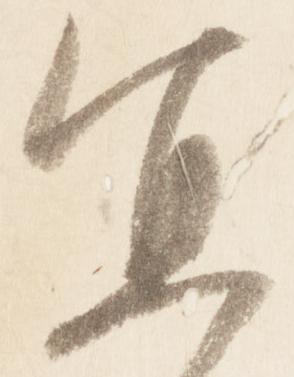
宜